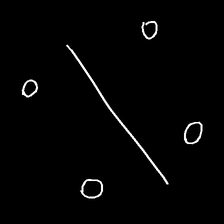
Glyph: cool